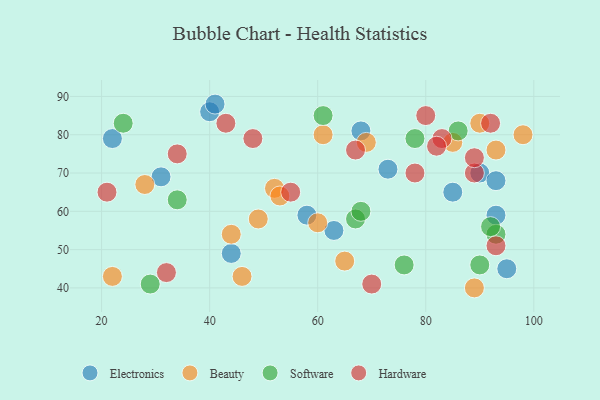
{"axis": {"x": "GDP", "y": "Life Expectancy"}, "legend": ["Beauty", "Electronics", "Hardware", "Software"], "data": [{"x": "44", "y": 49, "type": "Electronics"}, {"x": "93", "y": 59, "type": "Electronics"}, {"x": "90", "y": 70, "type": "Electronics"}, {"x": "31", "y": 69, "type": "Electronics"}, {"x": "58", "y": 59, "type": "Electronics"}, {"x": "40", "y": 86, "type": "Electronics"}, {"x": "93", "y": 68, "type": "Electronics"}, {"x": "68", "y": 81, "type": "Electronics"}, {"x": "95", "y": 45, "type": "Electronics"}, {"x": "22", "y": 79, "type": "Electronics"}, {"x": "63", "y": 55, "type": "Electronics"}, {"x": "85", "y": 65, "type": "Electronics"}, {"x": "73", "y": 71, "type": "Electronics"}, {"x": "41", "y": 88, "type": "Electronics"}, {"x": "52", "y": 66, "type": "Beauty"}, {"x": "49", "y": 58, "type": "Beauty"}, {"x": "69", "y": 78, "type": "Beauty"}, {"x": "98", "y": 80, "type": "Beauty"}, {"x": "65", "y": 47, "type": "Beauty"}, {"x": "60", "y": 57, "type": "Beauty"}, {"x": "44", "y": 54, "type": "Beauty"}, {"x": "89", "y": 40, "type": "Beauty"}, {"x": "22", "y": 43, "type": "Beauty"}, {"x": "28", "y": 67, "type": "Beauty"}, {"x": "46", "y": 43, "type": "Beauty"}, {"x": "85", "y": 78, "type": "Beauty"}, {"x": "53", "y": 64, "type": "Beauty"}, {"x": "93", "y": 76, "type": "Beauty"}, {"x": "90", "y": 83, "type": "Beauty"}, {"x": "61", "y": 80, "type": "Beauty"}, {"x": "24", "y": 83, "type": "Software"}, {"x": "93", "y": 54, "type": "Software"}, {"x": "92", "y": 56, "type": "Software"}, {"x": "67", "y": 58, "type": "Software"}, {"x": "34", "y": 63, "type": "Software"}, {"x": "90", "y": 46, "type": "Software"}, {"x": "76", "y": 46, "type": "Software"}, {"x": "86", "y": 81, "type": "Software"}, {"x": "68", "y": 60, "type": "Software"}, {"x": "61", "y": 85, "type": "Software"}, {"x": "29", "y": 41, "type": "Software"}, {"x": "78", "y": 79, "type": "Software"}, {"x": "89", "y": 70, "type": "Hardware"}, {"x": "83", "y": 79, "type": "Hardware"}, {"x": "43", "y": 83, "type": "Hardware"}, {"x": "21", "y": 65, "type": "Hardware"}, {"x": "32", "y": 44, "type": "Hardware"}, {"x": "80", "y": 85, "type": "Hardware"}, {"x": "82", "y": 77, "type": "Hardware"}, {"x": "92", "y": 83, "type": "Hardware"}, {"x": "67", "y": 76, "type": "Hardware"}, {"x": "48", "y": 79, "type": "Hardware"}, {"x": "78", "y": 70, "type": "Hardware"}, {"x": "89", "y": 74, "type": "Hardware"}, {"x": "93", "y": 51, "type": "Hardware"}, {"x": "34", "y": 75, "type": "Hardware"}, {"x": "55", "y": 65, "type": "Hardware"}, {"x": "70", "y": 41, "type": "Hardware"}]}